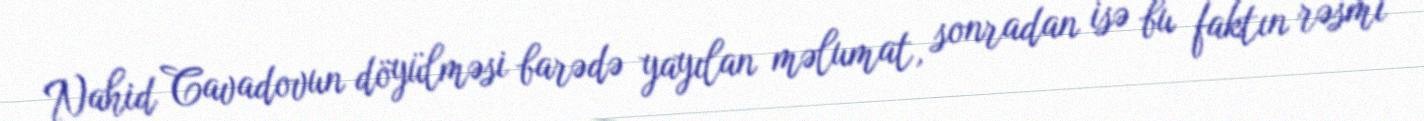
Nahid Cavadovun döyülməsi barədə yayılan məlumat, sonradan isə bu faktın rəsmi